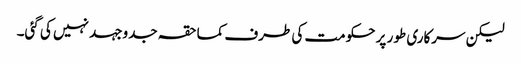
لیکن سرکاری طور پر حکومت کی طرف کماحقہ جدوجہد نہیں کی گئی۔